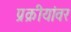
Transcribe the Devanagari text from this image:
प्रक्रीयांवर